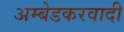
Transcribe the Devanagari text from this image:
अम्‍बेडकरवादी